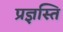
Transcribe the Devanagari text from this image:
प्रज्ञस्ति